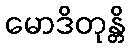
မောဒိတုန္တိ